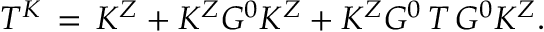
T ^ { K } \, = \, K ^ { Z } + K ^ { Z } G ^ { 0 } K ^ { Z } + K ^ { Z } G ^ { 0 } \, T \, G ^ { 0 } K ^ { Z } .